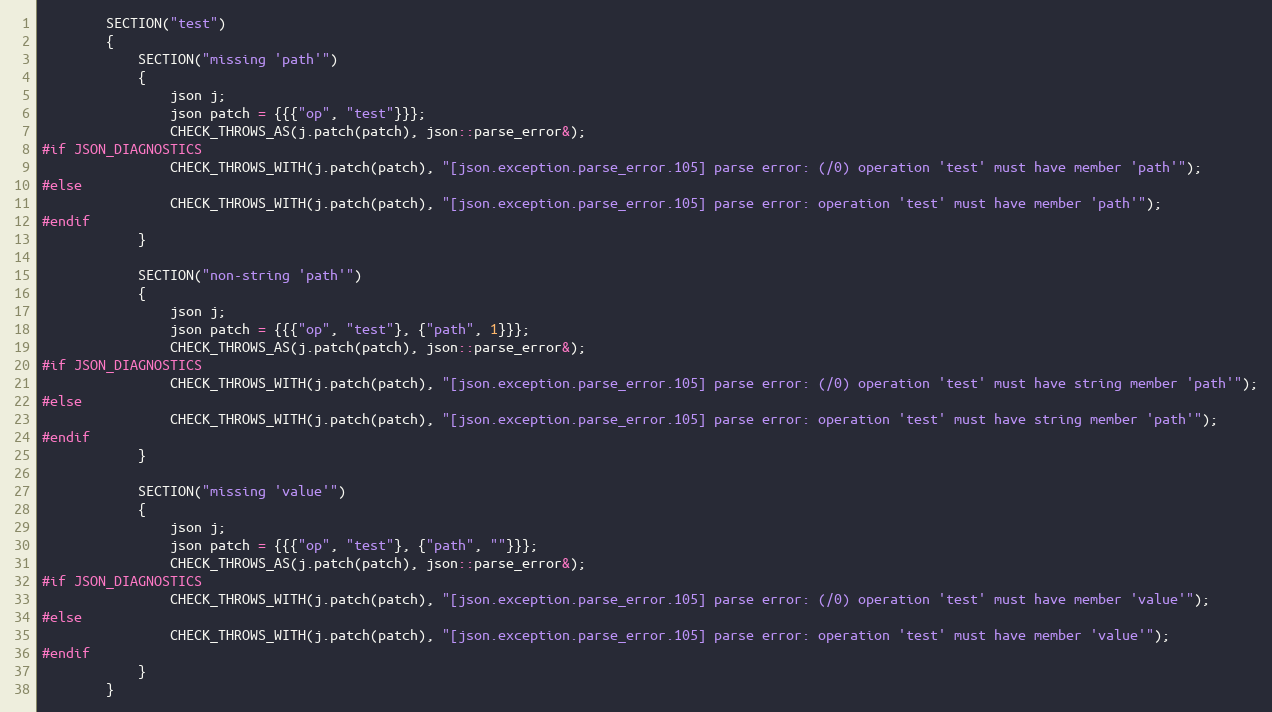
Language: C++
        SECTION("test")
        {
            SECTION("missing 'path'")
            {
                json j;
                json patch = {{{"op", "test"}}};
                CHECK_THROWS_AS(j.patch(patch), json::parse_error&);
#if JSON_DIAGNOSTICS
                CHECK_THROWS_WITH(j.patch(patch), "[json.exception.parse_error.105] parse error: (/0) operation 'test' must have member 'path'");
#else
                CHECK_THROWS_WITH(j.patch(patch), "[json.exception.parse_error.105] parse error: operation 'test' must have member 'path'");
#endif
            }

            SECTION("non-string 'path'")
            {
                json j;
                json patch = {{{"op", "test"}, {"path", 1}}};
                CHECK_THROWS_AS(j.patch(patch), json::parse_error&);
#if JSON_DIAGNOSTICS
                CHECK_THROWS_WITH(j.patch(patch), "[json.exception.parse_error.105] parse error: (/0) operation 'test' must have string member 'path'");
#else
                CHECK_THROWS_WITH(j.patch(patch), "[json.exception.parse_error.105] parse error: operation 'test' must have string member 'path'");
#endif
            }

            SECTION("missing 'value'")
            {
                json j;
                json patch = {{{"op", "test"}, {"path", ""}}};
                CHECK_THROWS_AS(j.patch(patch), json::parse_error&);
#if JSON_DIAGNOSTICS
                CHECK_THROWS_WITH(j.patch(patch), "[json.exception.parse_error.105] parse error: (/0) operation 'test' must have member 'value'");
#else
                CHECK_THROWS_WITH(j.patch(patch), "[json.exception.parse_error.105] parse error: operation 'test' must have member 'value'");
#endif
            }
        }